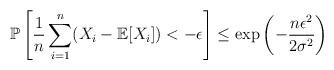
LaTeX: \begin{align*} \mathbb P\left[\frac1n \sum_{i=1}^n (X_i - \mathbb E[X_i]) < -\epsilon\right]\le \exp\left(-\frac{n\epsilon^2}{2\sigma^2}\right) \end{align*}